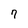
Character: 7